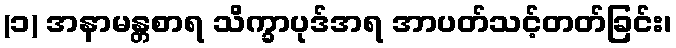
(၁) အနာမန္တစာရ သိက္ခာပုဒ်အရ အာပတ်သင့်တတ်ခြင်း၊